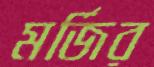
মর্জির